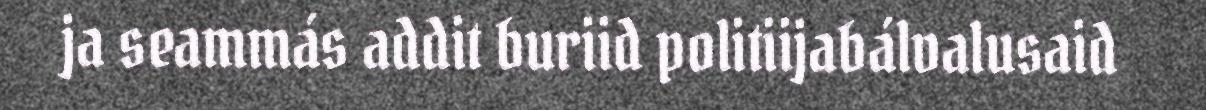
ja seammás addit buriid politiijabálvalusaid